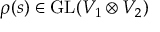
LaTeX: \rho ( s ) \in { \mathrm { G L } } ( V _ { 1 } \otimes V _ { 2 } )